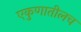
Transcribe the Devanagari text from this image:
एकुणातीलच